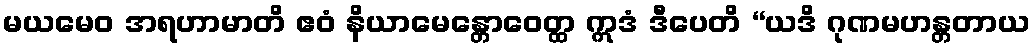
မယမေဝ အရဟာမာတိ ဧဝံ နိယာမေန္တောဝေတ္ထ ဣဒံ ဒီပေတိ “ယဒိ ဂုဏမဟန္တတာယ